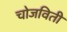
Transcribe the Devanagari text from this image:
चोजविती